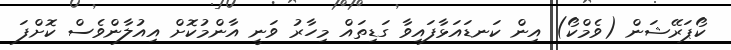
ކޯޕަރޭޝަން (ވެމްކޯ) އިން ކަނޑައަޅާފައިވާ ގަޑިތައް މިހާރު ވަނީ އާންމުކޮށް އިއުލާންވެސް ކޮށްފަ